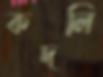
কদলি